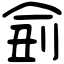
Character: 侴